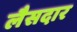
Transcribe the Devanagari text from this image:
लैसदार